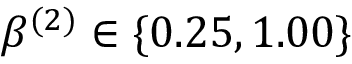
\beta ^ { ( 2 ) } \in \{ 0 . 2 5 , 1 . 0 0 \}